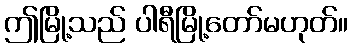
ဤမြို့သည် ပါရီမြို့တော်မဟုတ်။